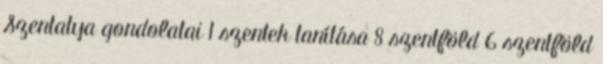
Szentatya gondolatai 1 szentek tanítása 8 szentföld 6 szentföld